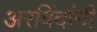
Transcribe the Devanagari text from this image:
अरविंदांनी